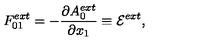
F _ { 0 1 } ^ { e x t } = - \frac { { \partial } A _ { 0 } ^ { e x t } } { { \partial } x _ { 1 } } \equiv { \cal E } ^ { e x t } ,